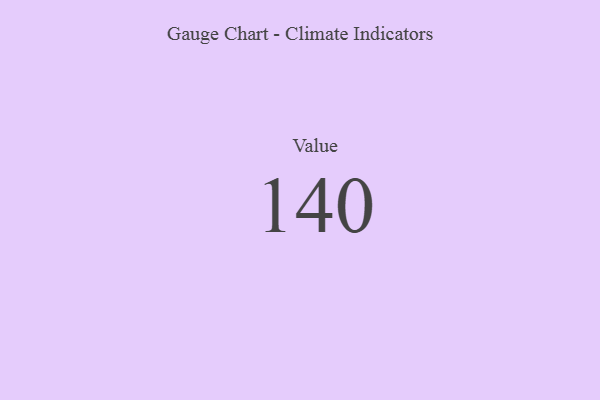
{"axis": {"x": "Metric", "y": "Value"}, "legend": [""], "data": [{"x": "Value", "y": 140, "type": ""}]}